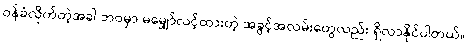
ဝန်ခံလိုက်တဲ့အခါ ဘဝမှာ မမျှော်လင့်ထားတဲ့ အခွင့်အလမ်းတွေလည်း ရှိလာနိုင်ပါတယ်။